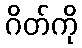
ဂိတ်ကို